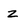
Character: z